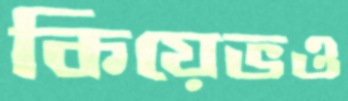
কিয়েভও